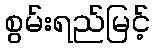
စွမ်းရည်မြင့်